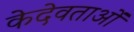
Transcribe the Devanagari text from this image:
केदेवताओं